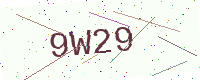
Text: 9W29